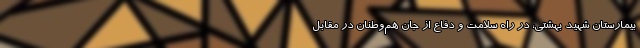
بیمارستان شهید بهشتی، در راه سلامت و دفاع از جان هم‌وطنان در مقابل